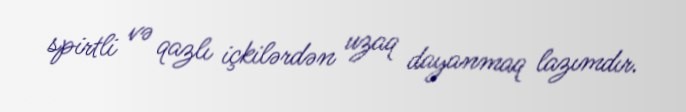
spirtli və qazlı içkilərdən uzaq dayanmaq lazımdır.